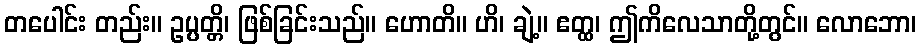
တပေါင်း တည်း။ ဥပ္ပတ္တိ၊ ဖြစ်ခြင်းသည်။ ဟောတိ။ ဟိ၊ ချဲ့။ ဧတ္ထ၊ ဤကိလေသာတို့တွင်။ လောဘော၊